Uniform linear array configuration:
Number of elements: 32
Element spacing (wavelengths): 1
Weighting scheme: kaiser
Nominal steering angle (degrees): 60
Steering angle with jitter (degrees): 60.204
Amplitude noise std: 0.05
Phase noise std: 0.05

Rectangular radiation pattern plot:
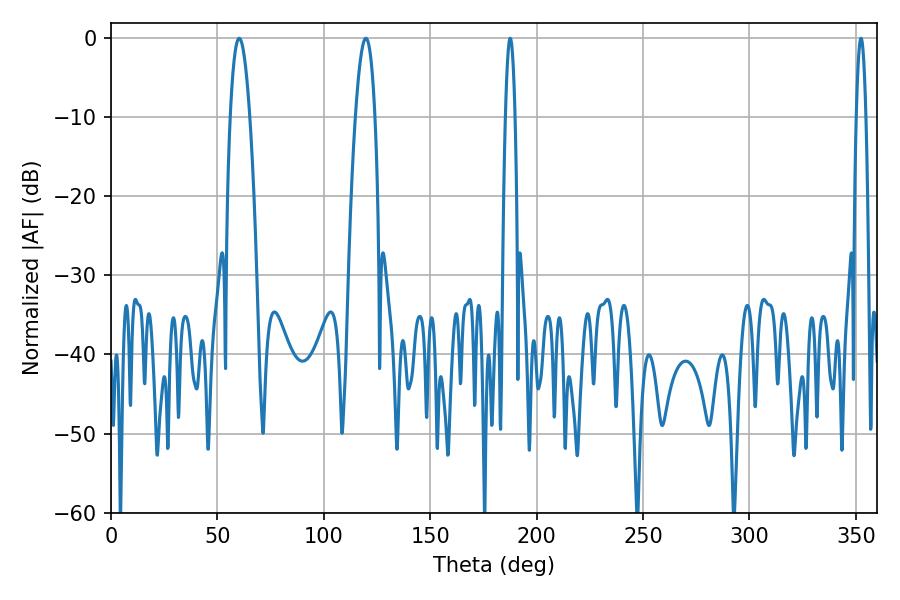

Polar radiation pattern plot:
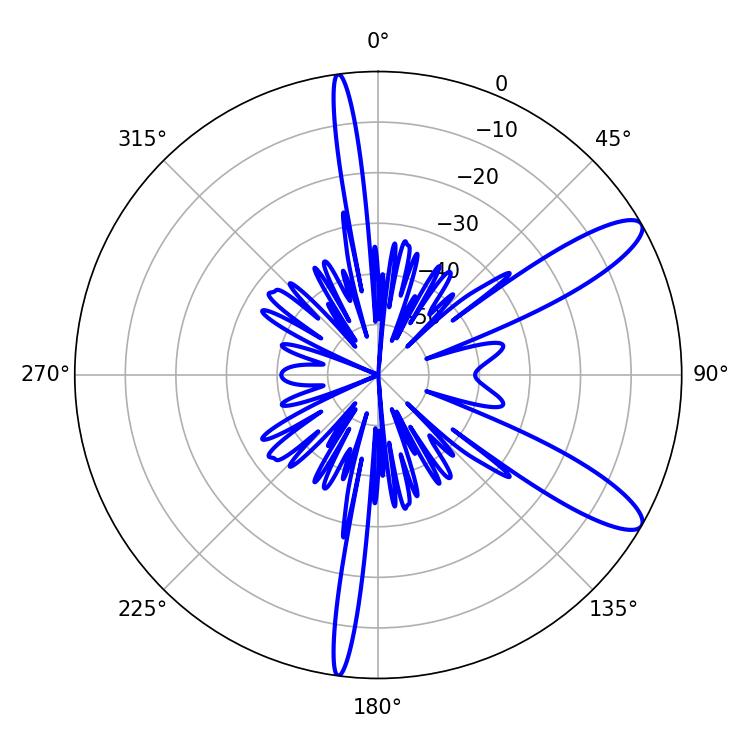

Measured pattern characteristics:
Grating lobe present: TRUE
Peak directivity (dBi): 11.147
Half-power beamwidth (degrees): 2.52
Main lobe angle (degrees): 187.56